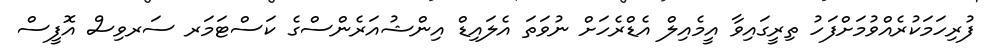
ފުރިހަމަކުރެއްވުމަށްފަހު ތިރީގައިވާ އީމެއިލް އެޑްރެހަށް ނުވަތަ އެލައިޑް އިންޝުއަރެންސްގެ ކަސްޓަމަރ ސަރވިސް އޮފީސް